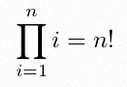
\prod_{i=1}^{n}i=n!